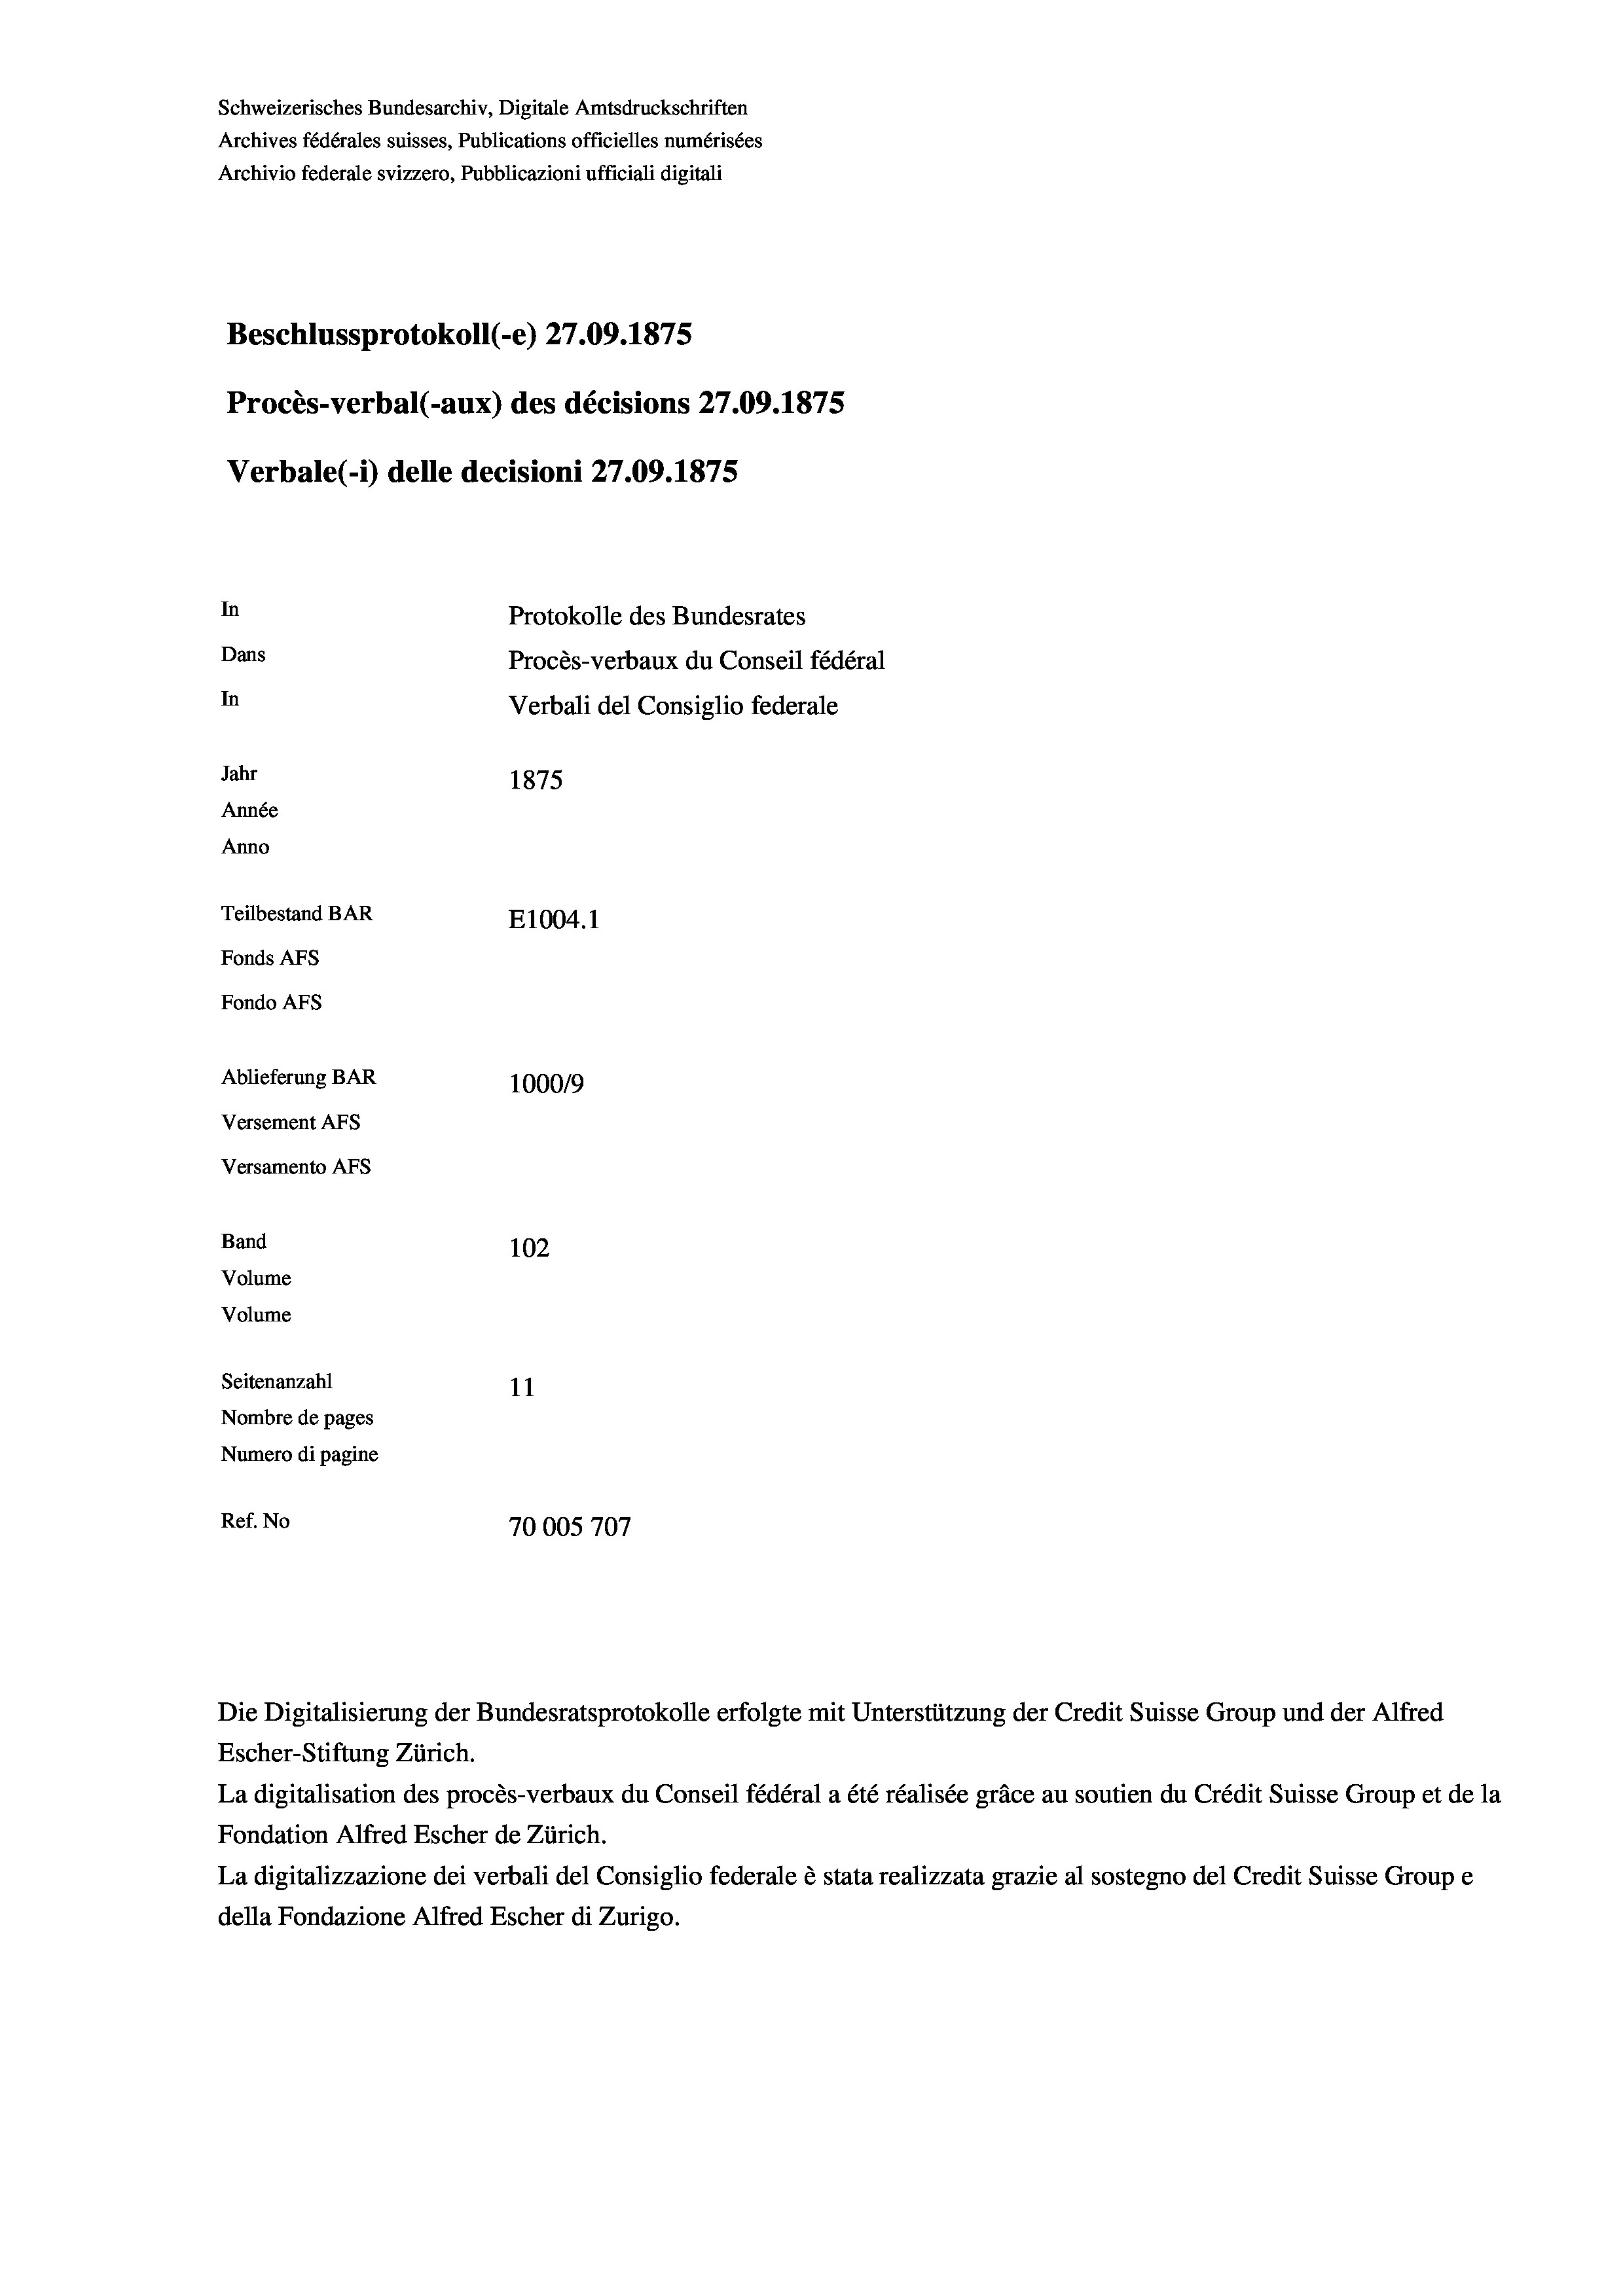
Schweizerisches Bundesarchiv, Digitale Amtsdruckschriften
Archives fédérales suisses, Publications officielles numérisées
Archivio federale svizzero, Pubblicazioni ufficiali digitali
Beschlussprotokoll (-e) 27.09. 1875
Procès-verbal (-aux) des décisions 27.09. 1875
Verbale (i) delle decisioni 27.09. 1875
In
Protokolle des Bundesrates
Dans
Procès-verbaux du Conseil fédéral
In
Verbali del Consiglio federale
Jahr
1875
Année
Anno
Teilbestand BAR
E1004. 1
Fonds Afs
Fondo AFs
Ablieferung BAR
1000/9
Versement Abs
Versamento Afs

102
Volume
Volume
Seitenanzahl
11
Nombre de pages
Numero di pagine
Ref. No
70005707

Band

Die Digitalisierung der Bundesratsprotokolle erfolgte mit Unterstützung der Credit Suisse Group und der Alfred

Escher-Stiftung Zürich.
La digitalisation des procès-verbaux du Conseil fédéral a été réalisée gräce au soutien du Crédit Suisse Group et de la
Fondation Alfred Escher de Zürich.
La digitalizzazione dei verbali del Consiglio federale è stata realizzata grazie al sostegno del Credit Suisse Groupe
della Fondazione Alfred Escher di Zurigo.